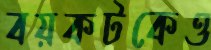
বয়কটকেও